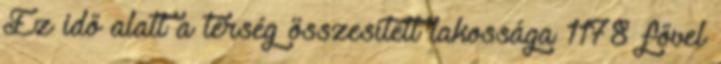
Ez idő alatt a térség összesített lakossága 1178 fővel